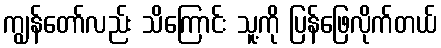
ကျွန်တော်လည်း သိကြောင်း သူ့ကို ပြန်ဖြေလိုက်တယ်